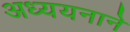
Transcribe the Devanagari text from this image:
अध्ययनाने